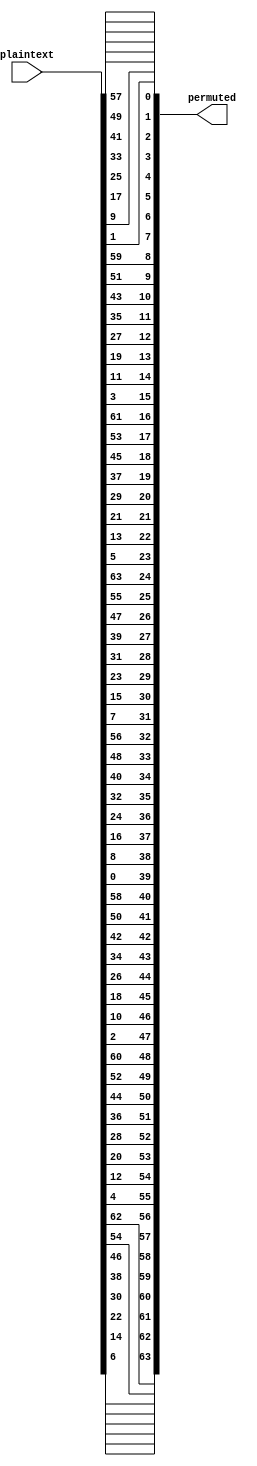
//Initial Permutation
//Leor Brenner

`default_nettype none

module initial_permutation(
    input wire [0:63] plaintext,
    output wire [0:63] permuted
);

assign permuted[0] = plaintext[57];   
assign permuted[1] = plaintext[49]; 
assign permuted[2] = plaintext[41]; 
assign permuted[3] = plaintext[33]; 
assign permuted[4] = plaintext[25]; 
assign permuted[5] = plaintext[17];
assign permuted[6] = plaintext[9];
assign permuted[7] = plaintext[1];
assign permuted[8] = plaintext[59];
assign permuted[9] = plaintext[51];
assign permuted[10] = plaintext[43];
assign permuted[11] = plaintext[35];
assign permuted[12] = plaintext[27];
assign permuted[13] = plaintext[19];
assign permuted[14] = plaintext[11];
assign permuted[15] = plaintext[3];
assign permuted[16] = plaintext[61];
assign permuted[17] = plaintext[53];
assign permuted[18] = plaintext[45];
assign permuted[19] = plaintext[37];
assign permuted[20] = plaintext[29];
assign permuted[21] = plaintext[21];
assign permuted[22] = plaintext[13];
assign permuted[23] = plaintext[5];
assign permuted[24] = plaintext[63];
assign permuted[25] = plaintext[55];
assign permuted[26] = plaintext[47];
assign permuted[27] = plaintext[39];
assign permuted[28] = plaintext[31];
assign permuted[29] = plaintext[23];
assign permuted[30] = plaintext[15];
assign permuted[31] = plaintext[7];
assign permuted[32] = plaintext[56];
assign permuted[33] = plaintext[48];
assign permuted[34] = plaintext[40];
assign permuted[35] = plaintext[32];
assign permuted[36] = plaintext[24];
assign permuted[37] = plaintext[16];
assign permuted[38] = plaintext[8];
assign permuted[39] = plaintext[0];
assign permuted[40] = plaintext[58];
assign permuted[41] = plaintext[50];
assign permuted[42] = plaintext[42];
assign permuted[43] = plaintext[34];
assign permuted[44] = plaintext[26];
assign permuted[45] = plaintext[18];
assign permuted[46] = plaintext[10];
assign permuted[47] = plaintext[2];
assign permuted[48] = plaintext[60];
assign permuted[49] = plaintext[52];
assign permuted[50] = plaintext[44];
assign permuted[51] = plaintext[36];
assign permuted[52] = plaintext[28];
assign permuted[53] = plaintext[20];
assign permuted[54] = plaintext[12];
assign permuted[55] = plaintext[4];
assign permuted[56] = plaintext[62];
assign permuted[57] = plaintext[54];
assign permuted[58] = plaintext[46];
assign permuted[59] = plaintext[38];
assign permuted[60] = plaintext[30];
assign permuted[61] = plaintext[22];
assign permuted[62] = plaintext[14];
assign permuted[63] = plaintext[6];
		
		
endmodule